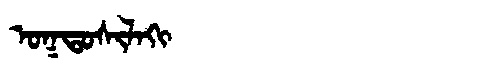
Manchu: ᠣᡴᡨᠣᠰᡳᠯᠠᡴᡳ
Romanization: OKTOSILAKI